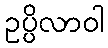
ဥပ္ပိလာဝါ